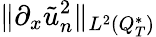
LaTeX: \lVert\partial_{x}\tilde{u}_{n}^{2}\rVert_{L^{2}(Q_{T}^{*})}